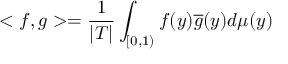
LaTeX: < f , g > = { \frac { 1 } { | T | } } \int _ { [ 0 , 1 ) } f ( y ) { \overline { { g } } } ( y ) d \mu ( y )